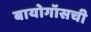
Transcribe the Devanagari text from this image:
बायोगॉसची